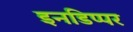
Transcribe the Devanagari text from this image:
इनडिप्पर